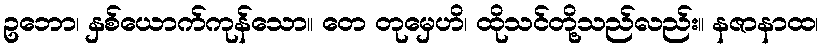
ဥဘော၊ နှစ်ယောက်ကုန်သော။ တေ တုမှေဟိ၊ ထိုသင်တို့သည်လည်း။ နဇာနာထ၊